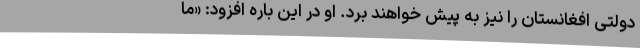
دولتی افغانستان را نیز به‌ پیش خواهند برد. او در این باره افزود: «ما